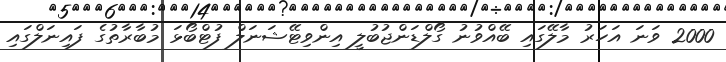
2000 ވަނަ އަހަރު މާލޭގައި ބޭއްވުނު ގޯލްޑަންޖުބުލީ އިންވިޓޭޝަނަލް ފުޓްބޯޅަ މުބާރާތުގެ ފައިނަލްގައި